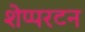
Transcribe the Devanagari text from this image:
शेप्परटन